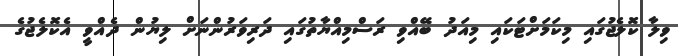
ވިލާ ކޮލެޖުގައި މިކަމަށްޓަކައި މިއަދު ބޭއްވި ރަސްމިއްޔާތުގައި ދަރިވަރުންނަށް ލިޔުން ދެއްވީ އެކޮލެޖުގެ